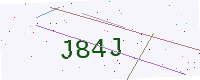
Text: J84J